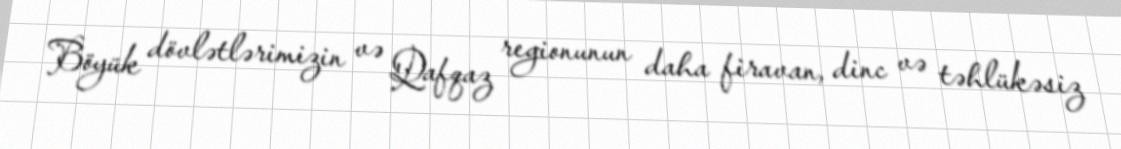
Böyük dövlətlərimizin və Qafqaz regionunun daha firavan, dinc və təhlükəsiz